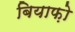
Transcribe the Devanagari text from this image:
बियाफ़ो